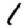
Digit: 1